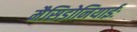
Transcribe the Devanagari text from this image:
मैसिडोनियाईः